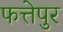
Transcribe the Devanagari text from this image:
फत्तेपुर